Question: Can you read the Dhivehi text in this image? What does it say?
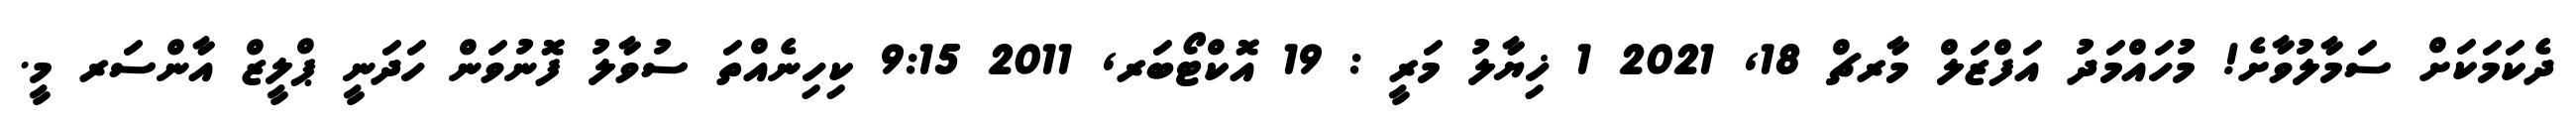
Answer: ދެކަމަކަށް ސަމާލުވާށެ! މުހައްމަދު އަފްޒަލް މާރޗް 18, 2021 1 ޚިޔާލު މަރީ : 19 އޮކްޓޯބަރ, 2011 9:15 ކިހިނެއްތަ ސުވާލު ފޮނުވަން ހަދަނީ ޕްލީޒް އާންސަރ މީ.